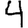
Digit: 4